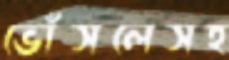
ভোঁসলেসহ